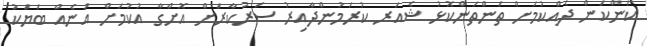
ކަންކަން ދެއްކުމަށް ތަންތަންކޮޅު ޝެއަރ ކުރަމުންދާއިރު ސަރުކާރަށް އޮށްގާ އުކުމަށް އަނެއް ބަޔަކު